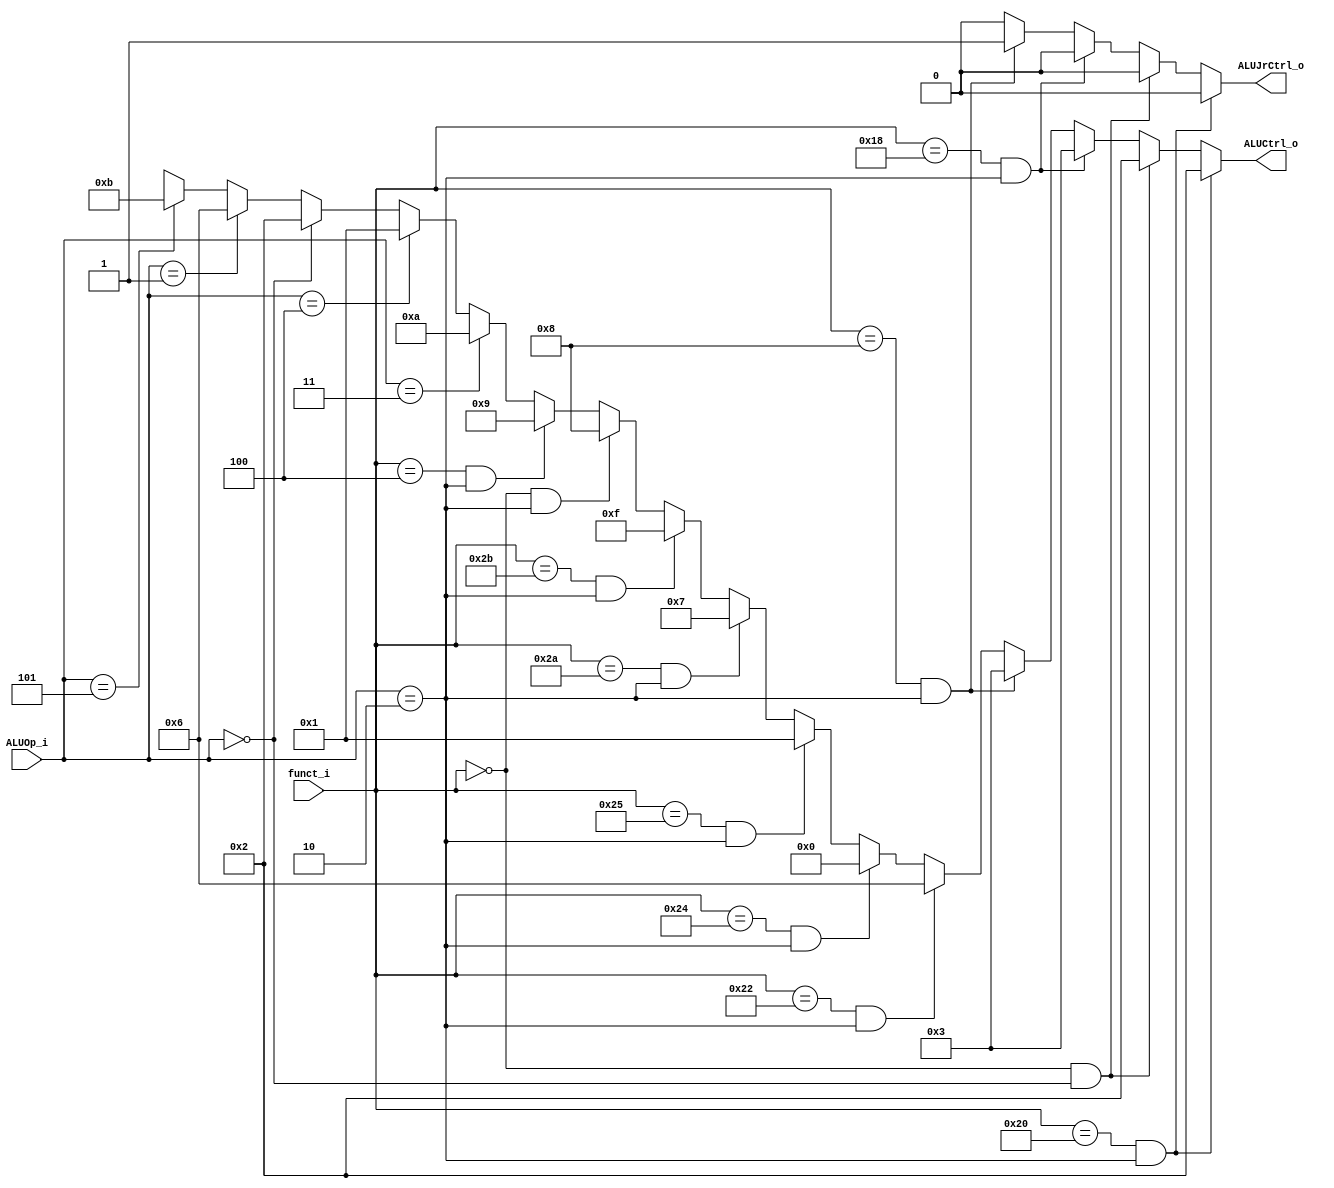
`ifndef ALU_CTRL_V
`define ALU_CTRL_V
module ALU_Ctrl(
          funct_i,
          ALUOp_i,
          ALUCtrl_o,
			 ALUJrCtrl_o
          );

			 /*ALU_ctrl_o
					and						0000
					or, ori					0001
					add, addi, lw, sw 	0010
          mul               0011
					sub, beq					0110
					slt						0111
					sll						1000
					sllv						1001
					lui						1010
					bne						1011
					sltu						1111 */

    //I/O ports
    input      [6-1:0] funct_i;
    input      [3-1:0] ALUOp_i;

    output     [4-1:0] ALUCtrl_o;
    output     ALUJrCtrl_o;

    //Internal Signals
    reg        [4-1:0] ALUCtrl_o;
	 reg        ALUJrCtrl_o;

    //Parameter


    //Select exact operation
    always @ ( * ) begin
        if (funct_i==6'b100000 && ALUOp_i==3'b010) begin  //add
            ALUCtrl_o=4'b0010;
            ALUJrCtrl_o = 0;
        end

		  else if(funct_i==6'b000000 && ALUOp_i==3'b000) begin  //addi
            ALUCtrl_o=4'b0010; // design by hand
            ALUJrCtrl_o = 0;
        end

      else if(funct_i==6'b011000 && ALUOp_i==3'b010) begin  //mul
            ALUCtrl_o=4'b0011; // design by hand
            ALUJrCtrl_o = 0;
        end

      else if(funct_i==6'b001000 && ALUOp_i==3'b010) begin  //jr -> special
            ALUCtrl_o=4'b0011; // design by hand
            ALUJrCtrl_o = 1;
        end

        else if(funct_i==6'b100010 && ALUOp_i==3'b010) begin  //sub
            ALUCtrl_o=4'b0110;
            ALUJrCtrl_o = 0;
        end

        else if(funct_i==6'b100100 && ALUOp_i==3'b010) begin  //and
            ALUCtrl_o=4'b0000;
            ALUJrCtrl_o = 0;
        end

        else if(funct_i==6'b100101 && ALUOp_i==3'b010) begin  //or
            ALUCtrl_o=4'b0001;
            ALUJrCtrl_o = 0;
        end

        else if(funct_i==6'b101010 && ALUOp_i==3'b010) begin  //slt
            ALUCtrl_o=4'b0111;
            ALUJrCtrl_o = 0;
        end

		  else if(funct_i==6'b101011 && ALUOp_i==3'b010) begin  //sltu
            ALUCtrl_o=4'b1111; // design by hand
            ALUJrCtrl_o = 0;
        end

		  else if(funct_i==6'b000000 && ALUOp_i==3'b010) begin  //sll
            ALUCtrl_o=4'b1000; // design by hand
            ALUJrCtrl_o = 0;
        end

		  else if(funct_i==6'b000100 && ALUOp_i==3'b010) begin  //sllv
            ALUCtrl_o=4'b1001; // design by hand
            ALUJrCtrl_o = 0;
        end

		  else if(ALUOp_i==3'b011) begin  //lui
            ALUCtrl_o=4'b1010; // design by hand
            ALUJrCtrl_o = 0;
        end

		  else if(ALUOp_i==3'b100) begin  //ori
            ALUCtrl_o=4'b0001; // design by hand
            ALUJrCtrl_o = 0;
        end

        else if(ALUOp_i==3'b000) begin  //lw, sw
            ALUCtrl_o=4'b0010;
            ALUJrCtrl_o = 0;
        end

        else if(ALUOp_i==3'b001) begin  //beq
            ALUCtrl_o=4'b0110;
            ALUJrCtrl_o = 0;
        end

		  else if(ALUOp_i==3'b101) begin  //bne
            ALUCtrl_o=4'b1011; // design by hand
            ALUJrCtrl_o = 0;
        end

        else begin
            ALUCtrl_o=4'bxxxx;
            ALUJrCtrl_o = 1'b0;
        end
    end
endmodule
`endif//ALU_CTRL_V